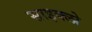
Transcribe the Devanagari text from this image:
साइक्लो